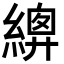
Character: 𦃍